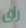
راق